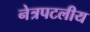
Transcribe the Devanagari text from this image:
नेत्रपटलीय